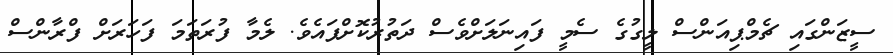
ސީޒަންގައި ޗެމްޕިއަންސް ލީގުގެ ސެމީ ފައިނަލަށްވެސް ދަތުރުކޮށްފައެވެ. ލެމާ ފުރަތަމަ ފަހަރަށް ފްރާންސް